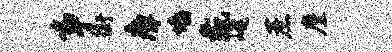
事衡瘴墙彘崦蔗麈